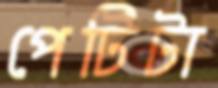
পেটিটা